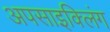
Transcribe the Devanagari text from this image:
अपसाइक्लिंग